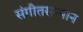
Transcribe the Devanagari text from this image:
संगीतसन्मान